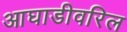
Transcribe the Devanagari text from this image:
आघाडीवरिल